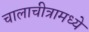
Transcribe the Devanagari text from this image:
चालाचीत्रामध्ये